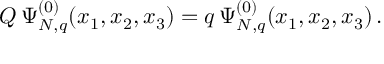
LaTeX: Q \, \Psi _ { N , q } ^ { ( 0 ) } ( x _ { 1 } , x _ { 2 } , x _ { 3 } ) = q \, \Psi _ { N , q } ^ { ( 0 ) } ( x _ { 1 } , x _ { 2 } , x _ { 3 } ) \, .